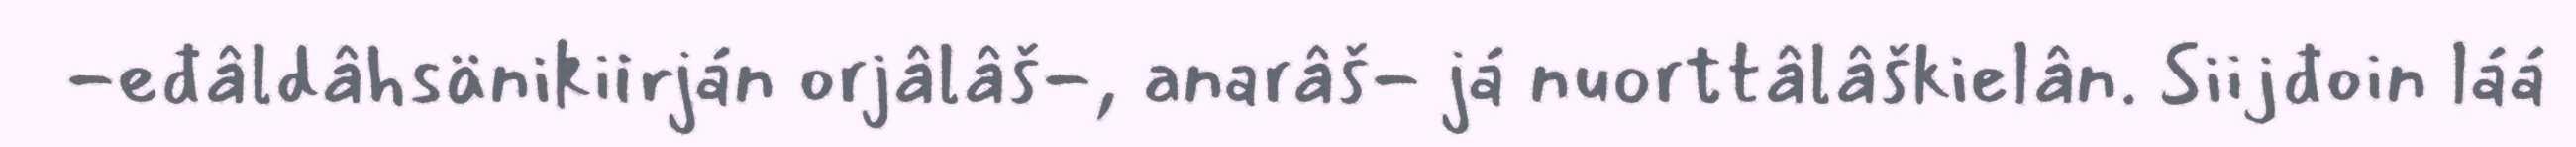
-eđâldâhsänikiirján orjâlâš-, anarâš- já nuorttâlâškielân. Siijđoin láá